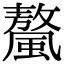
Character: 𩘮